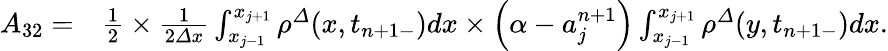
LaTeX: \begin{array}{rl}{A_{32}=}&{\frac 12\times\frac 1{2{\varDelta}x}\int_{x_{j-1}}^{x_{j+1}}{\rho}^{\varDelta}(x,t_{n+1-})dx\times\left(\alpha-a_{j}^{n+1}\right)\int_{x_{j-1}}^{x_{j+1}}{\rho}^{\varDelta}(y,t_{n+1-})dx.}\end{array}